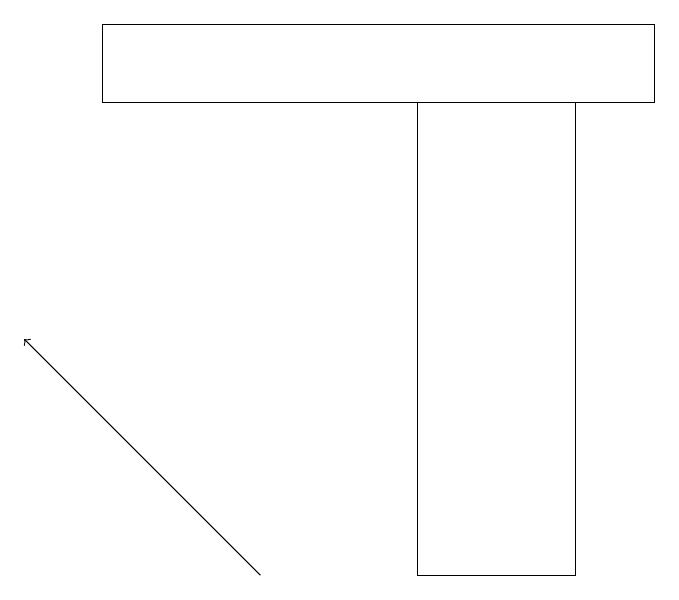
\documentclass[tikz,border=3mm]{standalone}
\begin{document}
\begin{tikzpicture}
\draw (7,12) rectangle (5,18);
\draw (1,18) rectangle (8,19);
\draw[->] (3,12) -- (0,15);
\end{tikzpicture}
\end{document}